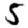
Digit: 5